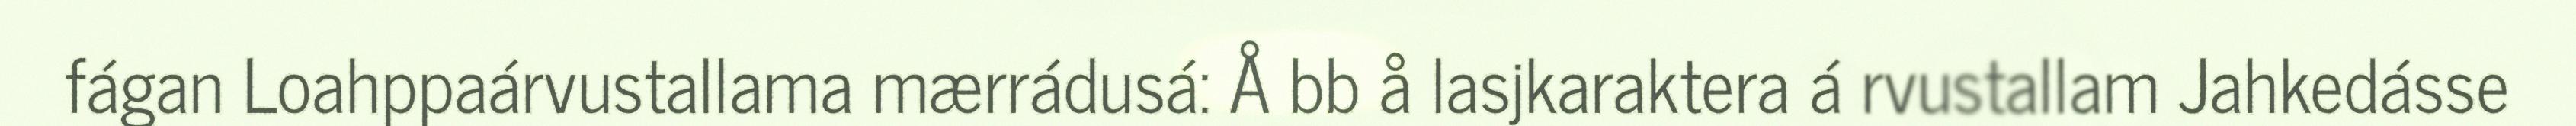
fágan Loahppaárvustallama mærrádusá: Å bb å lasjkaraktera á rvustallam Jahkedásse